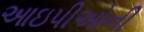
આઇપીઓની